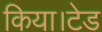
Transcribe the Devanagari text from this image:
किया।टेड